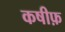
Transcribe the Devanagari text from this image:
कषीफ़